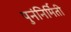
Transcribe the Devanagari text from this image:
पुनंनिर्मिती